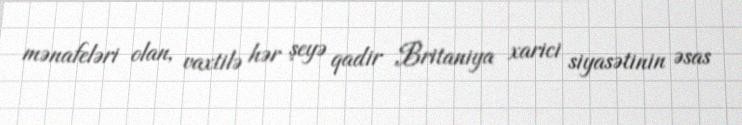
mənafeləri olan, vaxtilə hər şeyə qadir Britaniya xarici siyasətinin əsas